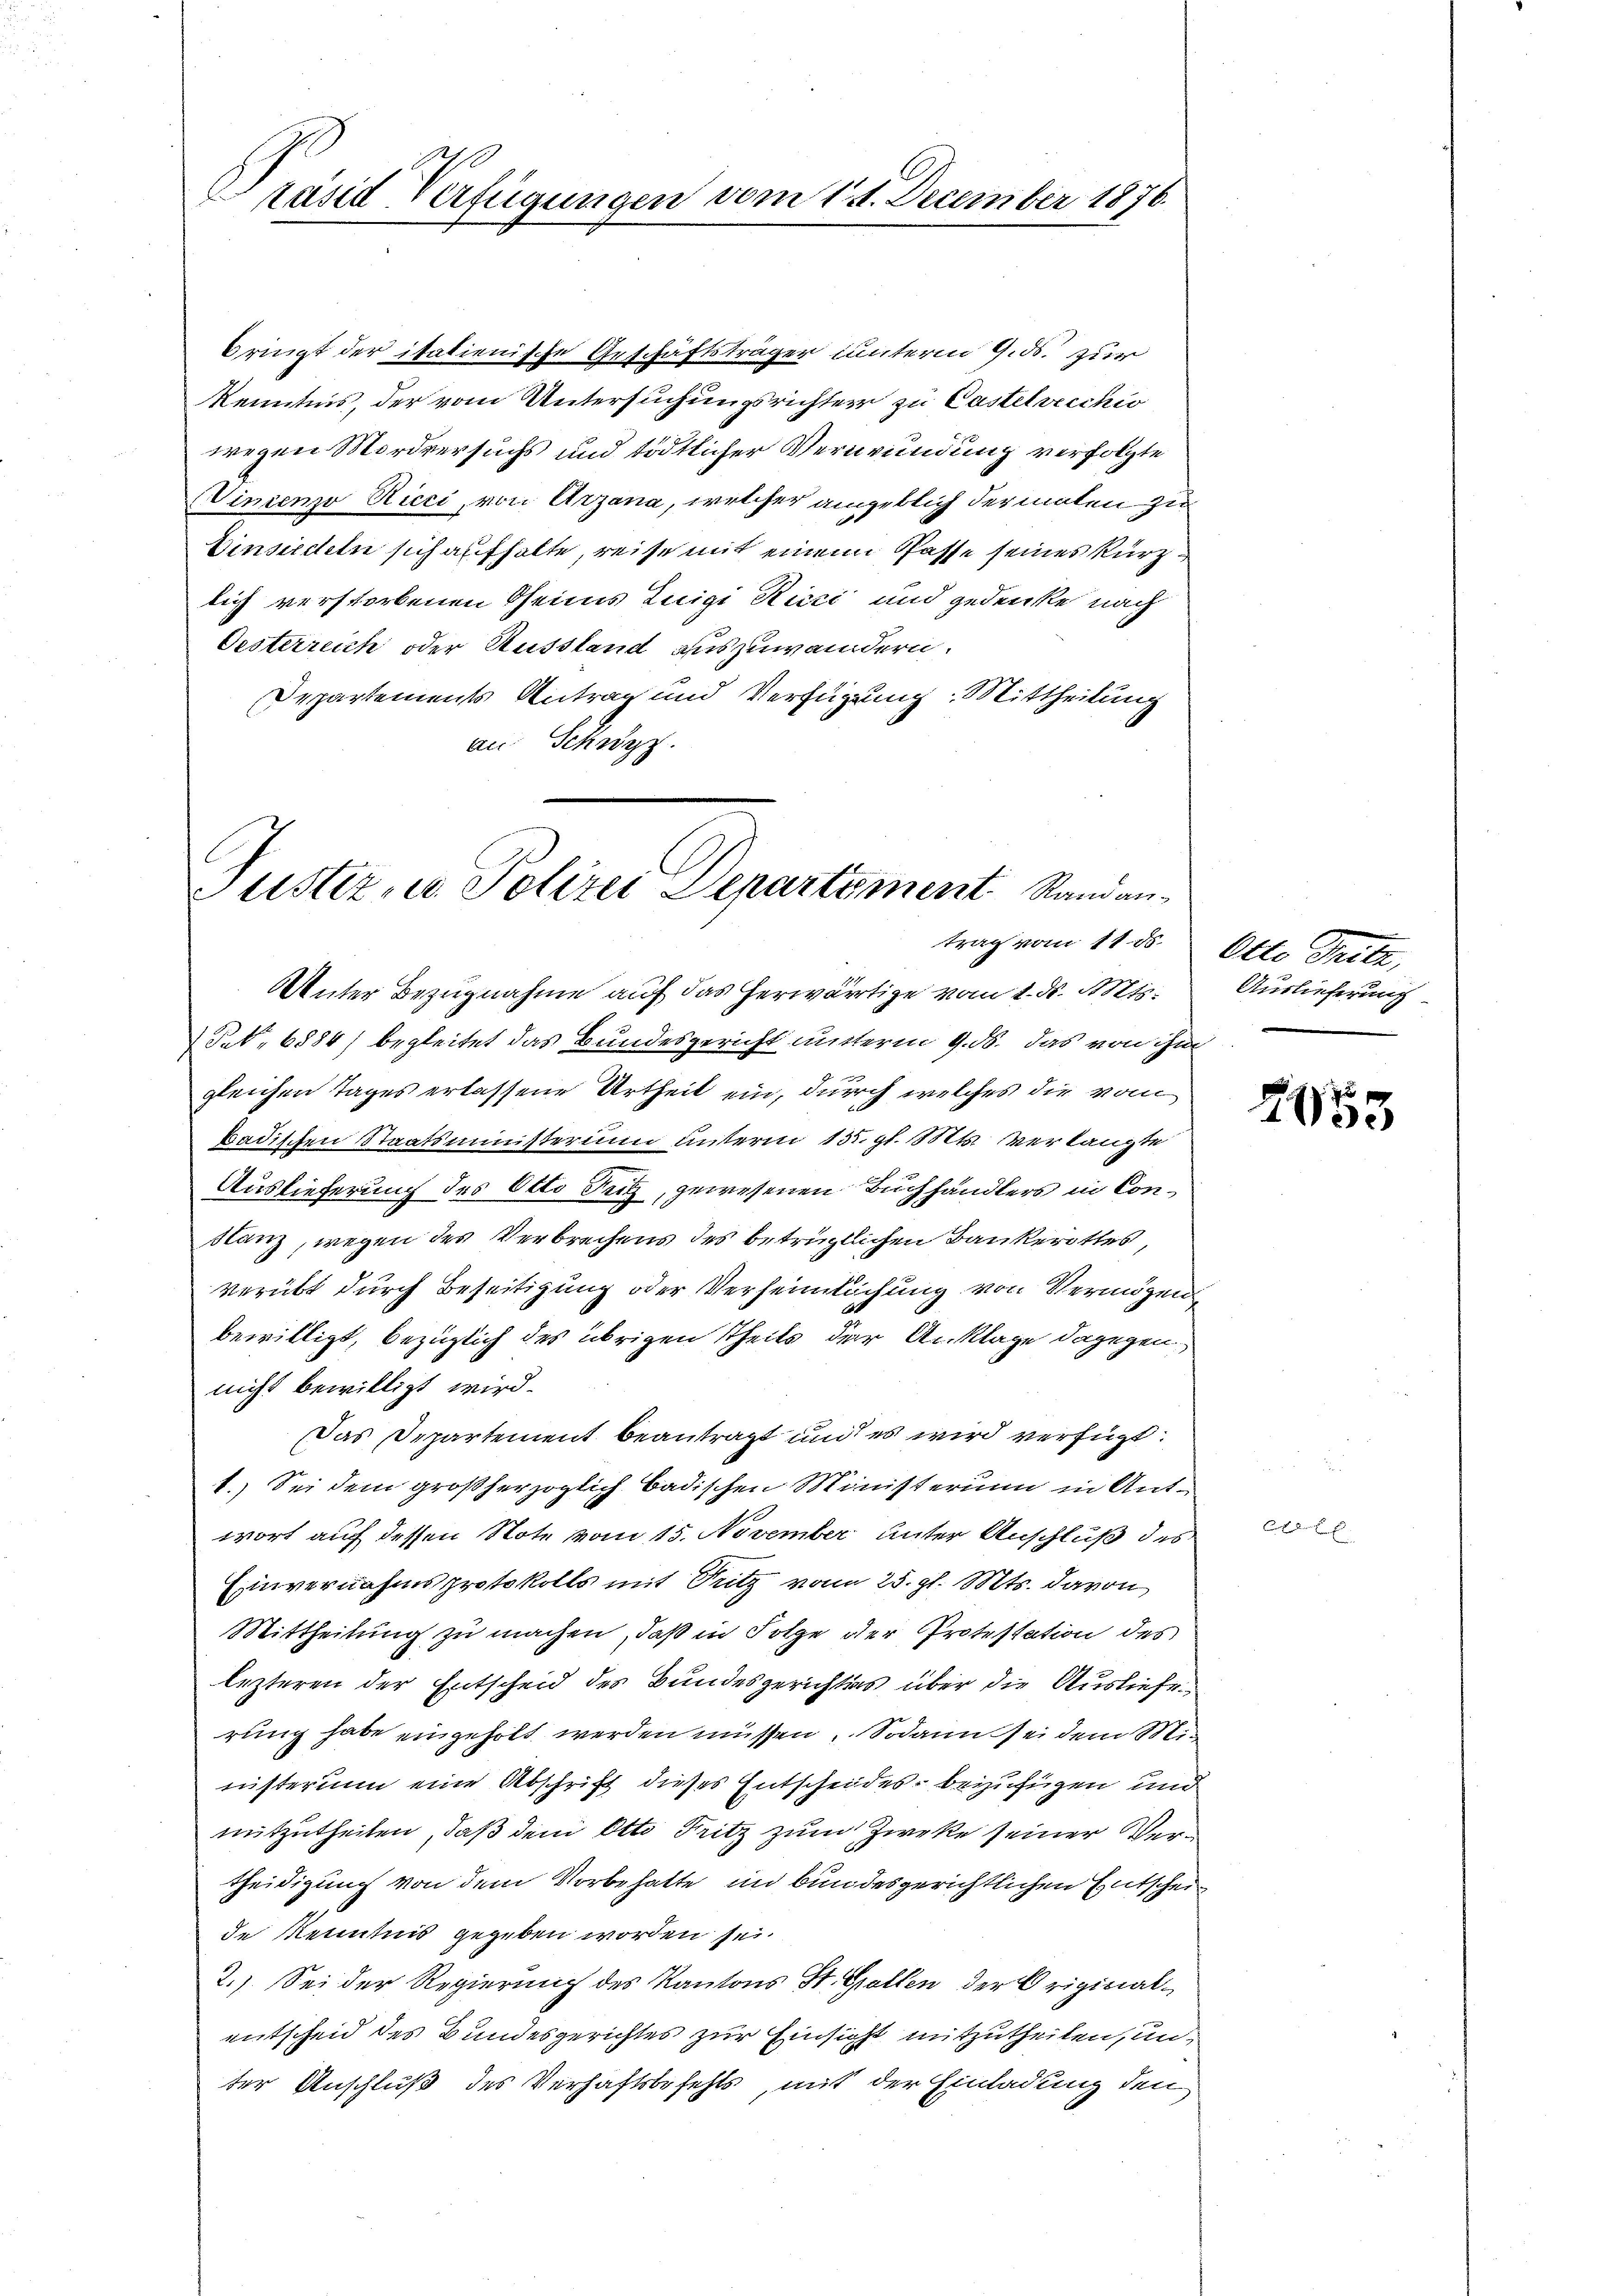
Präsid-Verfügungen vom 14. December 1876.

bringt der itationische Geschäftsträger unterm 9. ds. zur
Kenntnis, der vom Untersuchungsrichtern zu Castelvecchio
wegen Mordversuchs und tödtlicher Verwundung verfolgte
Vincenzo Ricci, von Arzana, welcher angeblich dermaten zu
Einsiedeln sich aufhalte, reise mit einem Pässe seines kürzlich verstorbenen Oheimes Luigi Ricci und gedenke nach
Oesterreich oder Ausstand auszuwändern.
Departements Antrag und Verfügung. Mittheilung
an Schwyz.

Unter Bezugnahme auf das herwärtige vom 1. d. Mts.
Prt. 6884) begleitet das Bundesgericht unterm 9. ds. das von ihm
2
gleichen Tages erlassene Urtheil ein, durch welches die vom
Badischen Staatsministerium unterm 13. gl. Mts. verlangte
Auslieferung des Otto Sutz, gewesenen Buchhändlers in Constanz, wegen des Verbrechens des betrüglichen Bankerottes,
verübt durch Beseitigung oder Verheimlichung von Vermögensbewilligt, bezüglich des übrigen Theils der Anklage dagegen
nicht bewilligt wird.
Das Departement beantragt und es wird verfügt:
1.) Sei dem großherzoglich badischen Ministerium in Antwort auch dessen Note vom 15. November unter Anschluß des
Einvernahmsprotokolls mit Sitz vom 25. gl. Mts. davon
Mittheilung zu machen, daß in Folge der Protestation des
lezteren der Entscheid des Bundesgerichts über die Ausliefe
rung habe eingeholt werden müssen. Sodann sei dem Ministerium eine Abschrift dieses Entscheides beizufügen und
mitzutheilen, daß dem Otto Fritz zum Zwecke seiner Vertheidigung von dem Vorbehalte in bundesgerichtlichen Entscheide Kenntnis gegeben worden sei.
2.) Sei der Regierung des Kantons St. Grollen der Originalentscheid des Bundesgerichtes zur Einsicht mitzutheilen, un
ter Anschluß des Verhaftsbefehls, mit der Einladung den

Justiz, u. Polizei Departement Standantrag vom 11. ds.

Otto Tritt,
Auslieferung

2055

Corden